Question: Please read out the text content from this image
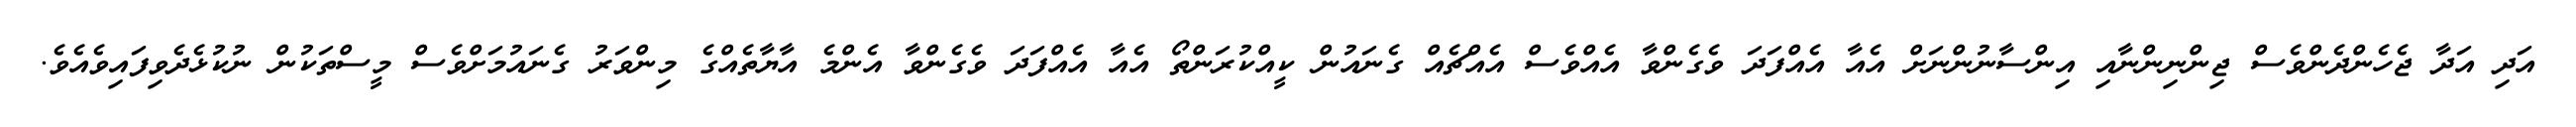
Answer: އަދި އަދާ ޖެހެންދެންވެސް ޖިންނިންނާއި އިންސާނުންނަށް އެއާ އެއްފަދަ ވެގެންވާ އެއްވެސް އެއްޗެއް ގެނައުން ކީއްކުރަންތޯ އެއާ އެއްފަދަ ވެގެންވާ އެންމެ އާޔާތެއްގެ މިންވަރު ގެނައުމަށްވެސް މީސްތަކުން ނުކުޅެދެވިފައިވެއެވެ.